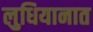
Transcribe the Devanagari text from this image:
लुधियानात